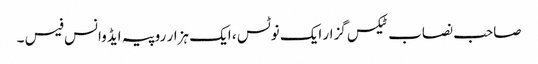
صاحب نصاب ٹیکس گزار ایک نوٹس ، ایک ہزار روپیہ ایڈوانس فیس ۔